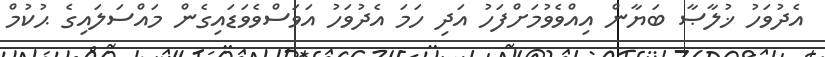
އެދުވަހު ޚުލާޞާ ބަޔާން އިއްވެވުމަށްފަހު އަދި ހަމަ އެދުވަހު އަވަސްވެވަޑައިގެން މައްސަލައިގެ ޙުކުމް